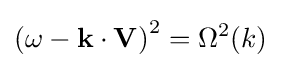
\left(\omega -\mathbf {k} \cdot \mathbf {V} \right)^{2}=\Omega ^{2}(k)